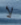
لا